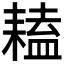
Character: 𦔏